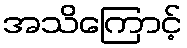
အသိကြောင့်